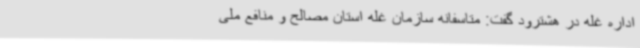
اداره غله در هشترود گفت: متاسفانه سازمان غله استان مصالح و منافع ملی